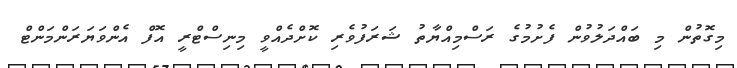
މިގޮތުން މި ބައްދަލުވުން ފެށުމުގެ ރަސްމިއްޔާތު ޝަރަފުވެރި ކޮށްދެއްވީ މިނިސްޓްރީ އޮފް އެންވަޔަރަންމަންޓް